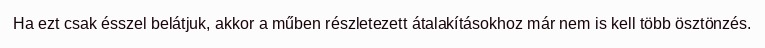
Ha ezt csak ésszel belátjuk, akkor a műben részletezett átalakításokhoz már nem is kell több ösztönzés.